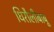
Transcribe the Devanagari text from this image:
धिरौलीबाबू